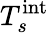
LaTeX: T_{s}^{\textnormal{int}}